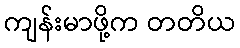
ကျန်းမာဖို့က တတိယ